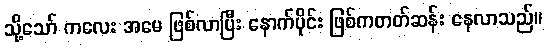
သို့သော် ကလေး အမေ ဖြစ်လာပြီး နောက်ပိုင်း ဖြစ်ကတတ်ဆန်း နေလာသည်။